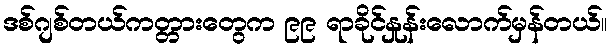
ဒစ်ဂျစ်တယ်ကတ္တားတွေက ၉၉ ရာခိုင်နှုန်းလောက်မှန်တယ်။